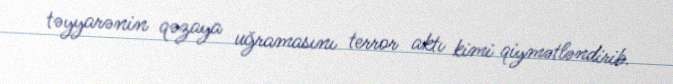
təyyarənin qəzaya uğramasını terror aktı kimi qiymətləndirib.